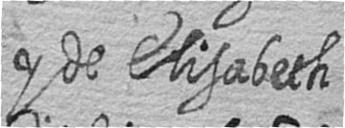
y de Elisabeth